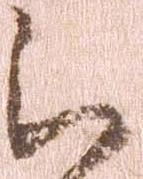
云